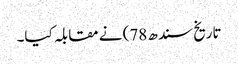
تاریخ سندھ 78) نے مقابلہ کیا۔